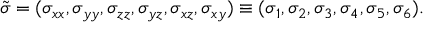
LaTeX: { \tilde { \sigma } } = ( \sigma _ { x x } , \sigma _ { y y } , \sigma _ { z z } , \sigma _ { y z } , \sigma _ { x z } , \sigma _ { x y } ) \equiv ( \sigma _ { 1 } , \sigma _ { 2 } , \sigma _ { 3 } , \sigma _ { 4 } , \sigma _ { 5 } , \sigma _ { 6 } ) .